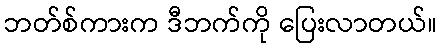
ဘတ်စ်ကားက ဒီဘက်ကို ပြေးလာတယ်။